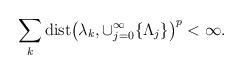
LaTeX: \begin{align*}\sum_{k} \textup{dist} \big( \lambda_{k},\cup_{j=0}^{\infty} \lbrace \Lambda_{j} \rbrace \big)^{p} < \infty.\end{align*}